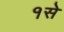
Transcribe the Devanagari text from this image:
१से